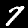
Label: 7